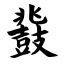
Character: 鼗